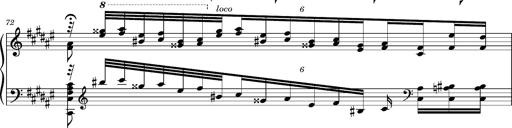
Title: Cavatine de Robert le Diable
Composer: Franz Liszt
Key: F-sharp minor